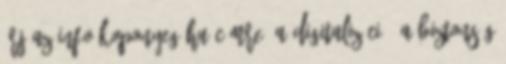
Írj az info koponyeg.hu címre. A digitalizáció, a biztonság